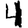
Digit: 4